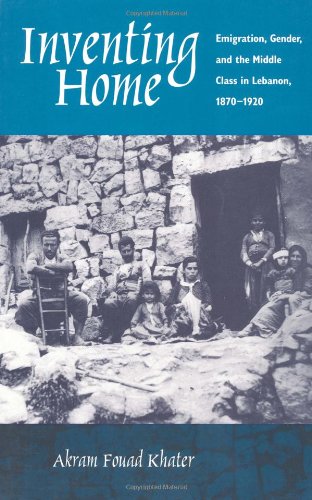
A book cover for Inventing Home: Emigration, Gender, and the Middle Class in Lebanon, 1870-1920; Akram F. Khater; History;